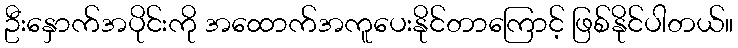
ဦးနှောက်အပိုင်းကို အထောက်အကူပေးနိုင်တာကြောင့် ဖြစ်နိုင်ပါတယ်။